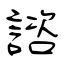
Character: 諮